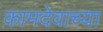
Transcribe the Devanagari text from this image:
कामदेवाच्या